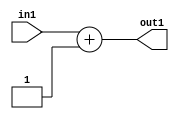
`timescale 1ps / 1ps
/*****************************************************************************
    Verilog RTL Description
    
    
    Created by: Stratus DpOpt 2019.1.01 
*******************************************************************************/

module feature_write_addr_gen_Add2i1u32_1 (
	in1,
	out1
	); /* architecture "behavioural" */ 
input [31:0] in1;
output [31:0] out1;
wire [31:0] asc001;

assign asc001 = 
	+(in1)
	+(32'B00000000000000000000000000000001);

assign out1 = asc001;
endmodule

/* CADENCE  ubL5Sw0= : u9/ySgnWtBlWxVPRXgAZ4Og= ** DO NOT EDIT THIS LINE ******/